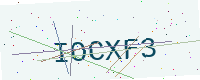
Text: IOCXF3